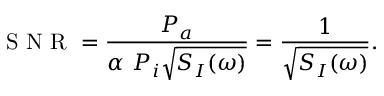
\mathrm { ~ S ~ N ~ R ~ } = \frac { P _ { a } } { \alpha \ P _ { i } \sqrt { S _ { I } ( \omega ) } } = \frac { 1 } { \sqrt { S _ { I } ( \omega ) } } .